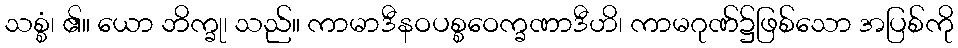
သစ္စံ၊ ၏။ ယော ဘိက္ခု၊ သည်။ ကာမာဒီနဝပစ္စဝေက္ခဏာဒီဟိ၊ ကာမဂုဏ်၌ဖြစ်သော အပြစ်ကို